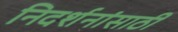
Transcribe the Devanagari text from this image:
निदर्शनांसाठी